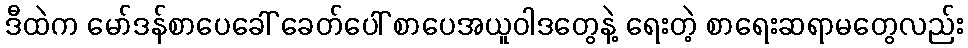
ဒီထဲက မော်ဒန်စာပေခေါ် ခေတ်ပေါ် စာပေအယူဝါဒတွေနဲ့ ရေးတဲ့ စာရေးဆရာမတွေလည်း